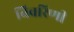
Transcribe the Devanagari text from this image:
विवरिणी